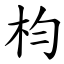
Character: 枃